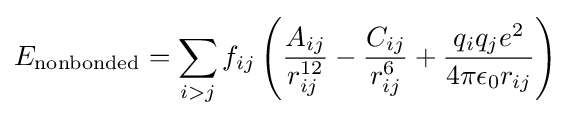
E_{\mathrm {nonbonded} }=\sum _{i>j}f_{ij}\left({\frac {A_{ij}}{r_{ij}^{12}}}-{\frac {C_{ij}}{r_{ij}^{6}}}+{\frac {q_{i}q_{j}e^{2}}{4\pi \epsilon _{0}r_{ij}}}\right)